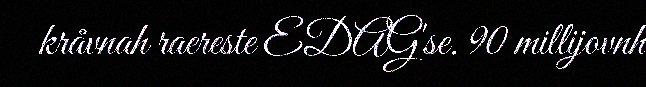
kråvnah raereste EDAG'se. 90 millijovnh